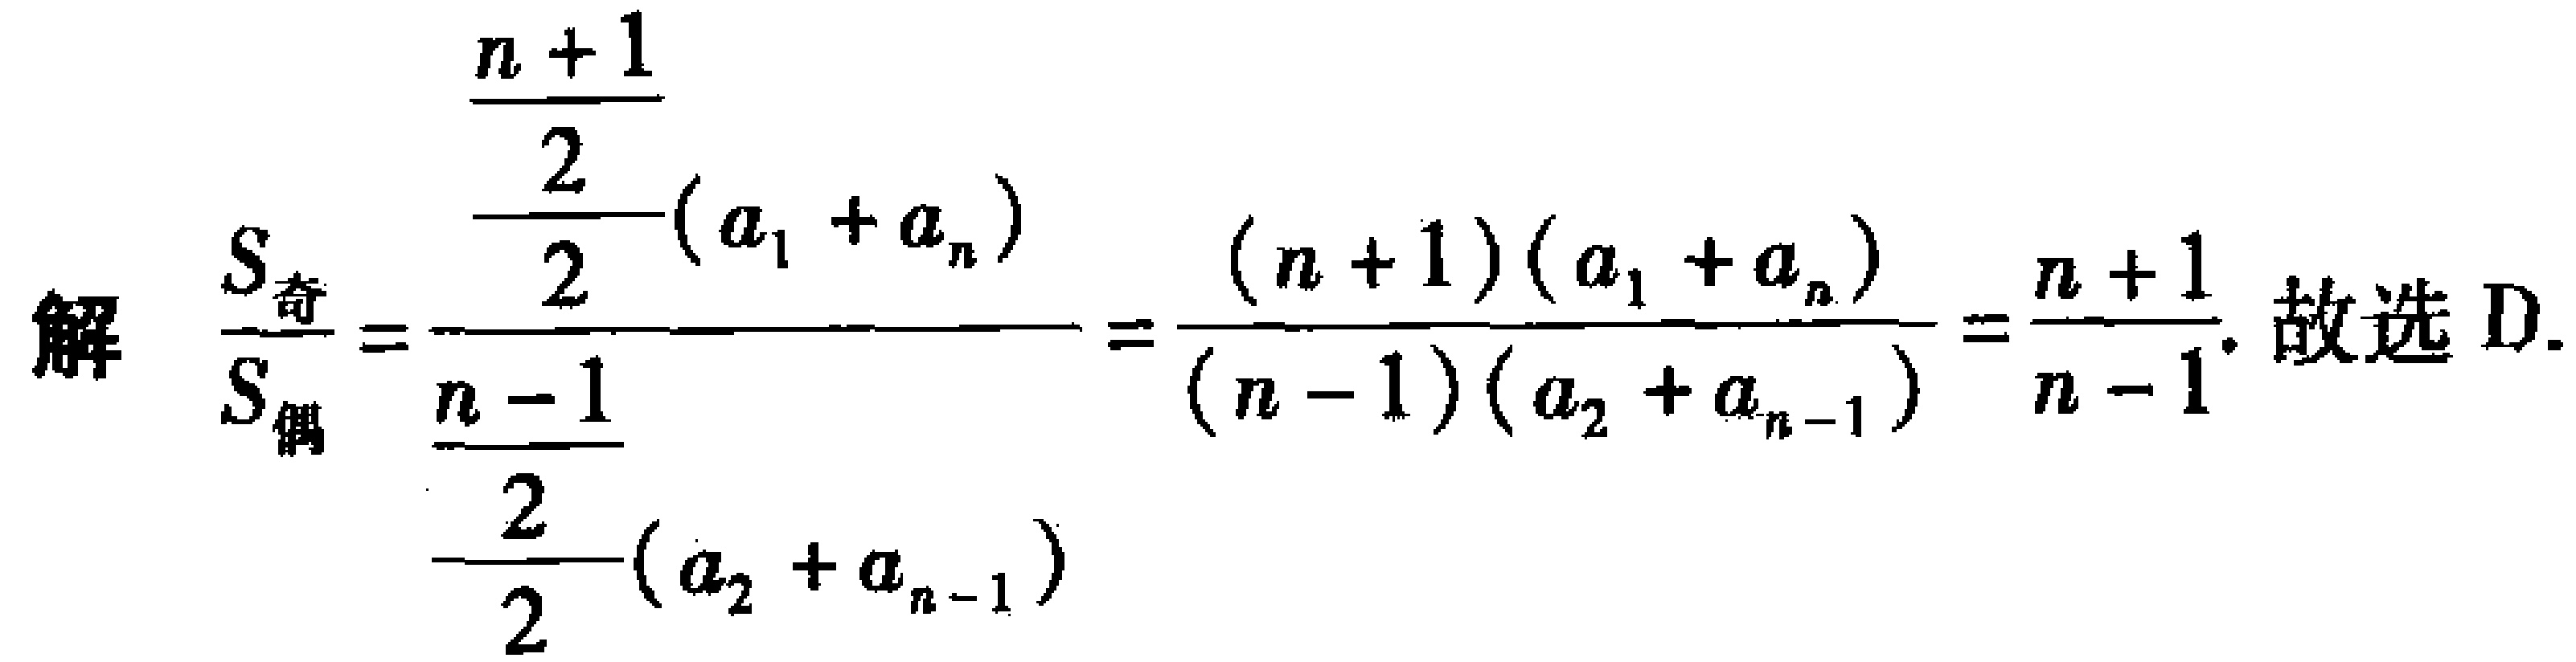
解 \(\frac{S_{奇}}{S_{偶}} = \frac{\frac{\frac{n + 1}{2}}{2}(a_1 + a_n)}{\frac{\frac{n - 1}{2}}{2}(a_2 + a_{n - 1})} = \frac{(n + 1)(a_1 + a_n)}{(n - 1)(a_2 + a_{n - 1})} = \frac{n + 1}{n - 1}\). 故选 D.